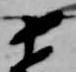
十